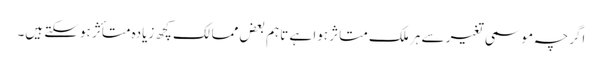
اگرچہ موسمی تغیر سے ہر ملک متاثر ہوا ہے تاہم بعض ممالک کچھ زیادہ متأثر ہوسکتے ہیں۔